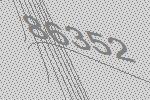
86352